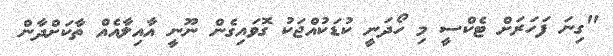
"ގިނަ ފަހަރަށް ޓެކްސީ މި ހޯދަނީ ކުޑަކުއްޖަކު ގޮވައިގެން ނޫނީ އާއިލާއެއް ތާކަށްދާން